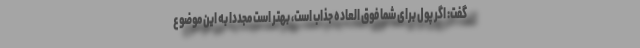
گفت: اگر پول برای شما فوق العاده جذاب است، بهتر است مجددا به این موضوع